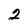
Character: 2